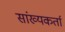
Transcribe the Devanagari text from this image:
सांख्यकर्ता